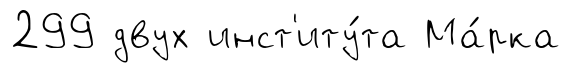
299 двух инст'иту́та Ма́рка